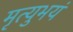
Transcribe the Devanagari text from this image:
मृत्युभयं